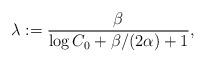
LaTeX: \begin{align*}\lambda:=\frac{\beta}{\log C_0+\beta/(2\alpha)+1},\end{align*}